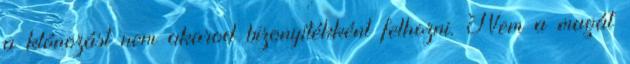
a klónozást nem akarod bizonyítékként felhozni. Nem a magát